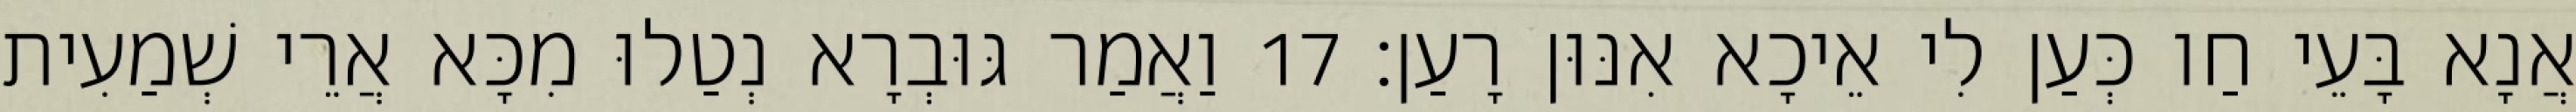
אֲנָא בָּעֵי חַו כְּעַן לִי אֵיכָא אִנּוּן רָעַן׃ 17 וַאֲמַר גּוּבְרָא נְטַלוּ מִכָּא אֲרֵי שְׁמַעִית